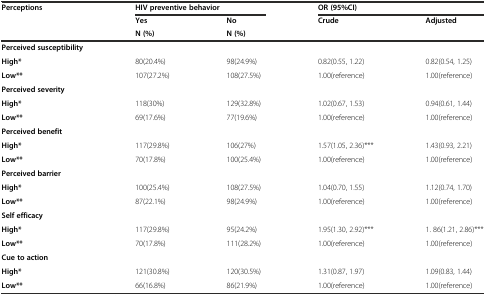
| Perceptions | <COLSPAN=2> HIV preventive behavior | <COLSPAN=2> OR (95%CI) |
 |  | Yes | No | Crude | Adjusted |
 |  | N (%) | N (%) |  |  |
 | --- | --- | --- | --- | --- |
 | Perceived susceptibility |  |  |  |  |
 | High* | 80(20.4%) | 98(24.9%) | 0.82(0.55, 1.22) | 0.82(0.54, 1.25) |
 | Low** | 107(27.2%) | 108(27.5%) | 1.00(reference) | 1.00(reference) |
 | Perceived severity |  |  |  |  |
 | High* | 118(30%) | 129(32.8%) | 1.02(0.67, 1.53) | 0.94(0.61, 1.44) |
 | Low** | 69(17.6%) | 77(19.6%) | 1.00(reference) | 1.00(reference) |
 | Perceived benefit |  |  |  |  |
 | High* | 117(29.8%) | 106(27%) | 1.57(1.05, 2.36)*** | 1.43(0.93, 2.21) |
 | Low** | 70(17.8%) | 100(25.4%) | 1.00(reference) | 1.00(reference) |
 | Perceived barrier |  |  |  |  |
 | High* | 100(25.4%) | 108(27.5%) | 1.04(0.70, 1.55) | 1.12(0.74, 1.70) |
 | Low** | 87(22.1%) | 98(24.9%) | 1.00(reference) | 1.00(reference) |
 | Self efficacy |  |  |  |  |
 | High* | 117(29.8%) | 95(24.2%) | 1.95(1.30, 2.92)*** | 1. 86(1.21, 2.86)*** |
 | Low** | 70(17.8%) | 111(28.2%) | 1.00(reference) | 1.00(reference) |
 | Cue to action |  |  |  |  |
 | High* | 121(30.8%) | 120(30.5%) | 1.31(0.87, 1.97) | 1.09(0.83, 1.44) |
 | Low** | 66(16.8%) | 86(21.9%) | 1.00(reference) | 1.00(reference) |